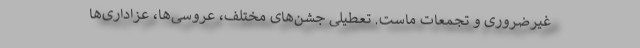
غیرضروری و تجمعات ماست. تعطیلی جشن‌های مختلف، عروسی‌ها، عزاداری‌ها